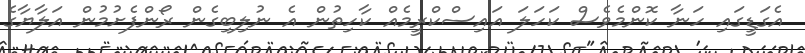
އެގަޑީގައި ހަނާ ކޮންމެވެސް ކަހަލަ އައިސްކްރީމެއް ކާހިތުން އެ ނުލިބިގެން ރޯންފެށުމުން އަލާޔާގެ